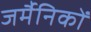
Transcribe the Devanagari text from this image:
जर्मैनिकों